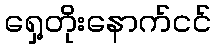
ရှေ့တိုးနောက်ငင်